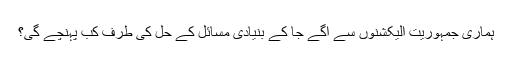
ہماری جمہوریت الیکشنوں سے آگے جا کے بنیادی مسائل کے حل کی طرف کب پہنچے گی؟